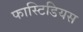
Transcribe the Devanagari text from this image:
फास्टिडियस